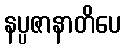
နပ္ပဇာနာတိပေ